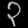
Digit: ၃